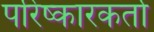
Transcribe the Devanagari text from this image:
परिष्कारकर्ता